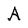
Character: A